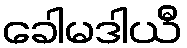
ခေါမဒါယီ